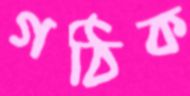
গঠিক